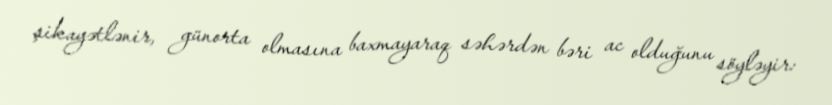
şikayətlənir, günorta olmasına baxmayaraq səhərdən bəri ac olduğunu söyləyir: